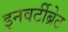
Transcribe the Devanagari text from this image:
इनवर्टीब्रेट